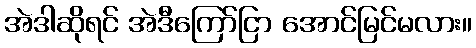
အဲဒါဆိုရင် အဲဒီကြော်ငြာ အောင်မြင်မလား။